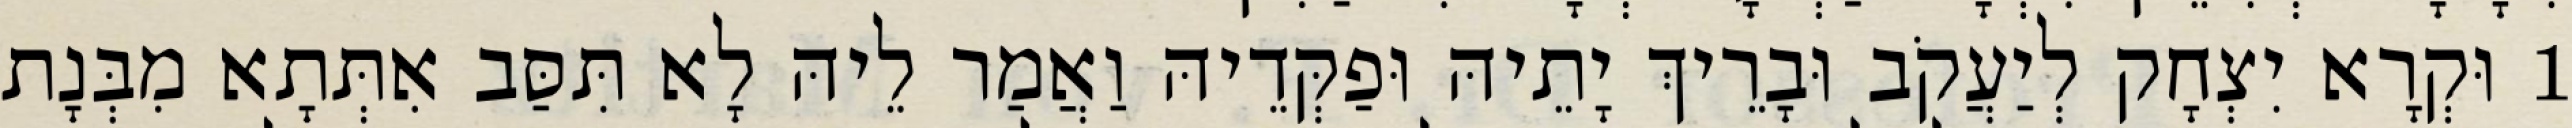
1 וּקְרָא יִצְחָק לְיַעֲקֹב וּבָרֵיךְ יָתֵיהּ וּפַקְּדֵיהּ וַאֲמַר לֵיהּ לָא תִּסַּב אִתְּתָא מִבְּנָת